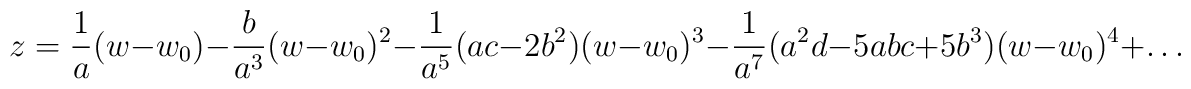
z=\frac{1}{a}(w-w_{0})-\frac{b}{a^{3}}(w-w_{0})^{2}-\frac{1}{a^{5}}(ac-2b^{2})(w-w_{0})^{3}-\frac{1}{a^{7}}(a^{2}d-5abc+5b^{3})(w-w_{0})^{4}+\ldots